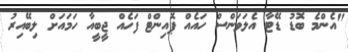
"އެންމެ ބޮޑު ޑޭޓާ އެލަވަންސް ހައެއް ޕޮއިންޓް ފަހެއް ޖީބީއާ ހަމައަށް ލިބޭއިރު